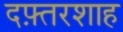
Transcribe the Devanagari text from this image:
दफ़्तरशाह